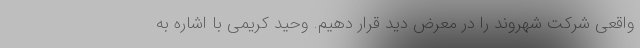
واقعی شرکت شهروند را در معرض دید قرار دهیم. وحید کریمی با اشاره به